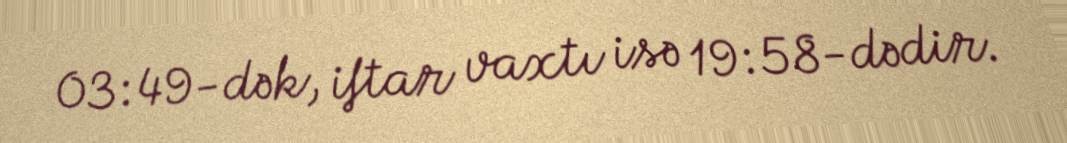
03:49-dək, iftar vaxtı isə 19:58-dədir.